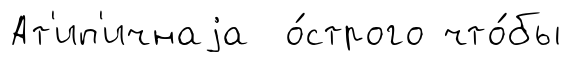
Ат'ип'ичнаjа о́строго что́бы